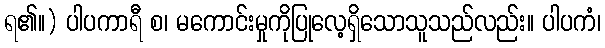
ရ၏။) ပါပကာရီ စ၊ မကောင်းမှုကိုပြုလေ့ရှိသောသူသည်လည်း။ ပါပကံ၊